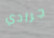
جرادي